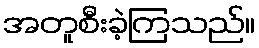
အတူစီးခဲ့ကြသည်။